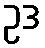
ဥဒ